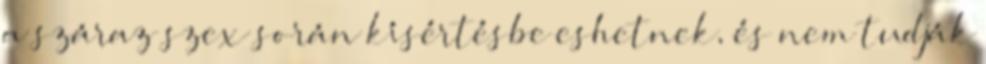
a száraz szex során kísértésbe eshetnek, és nem tudják